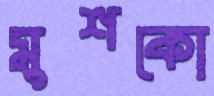
মুশকো